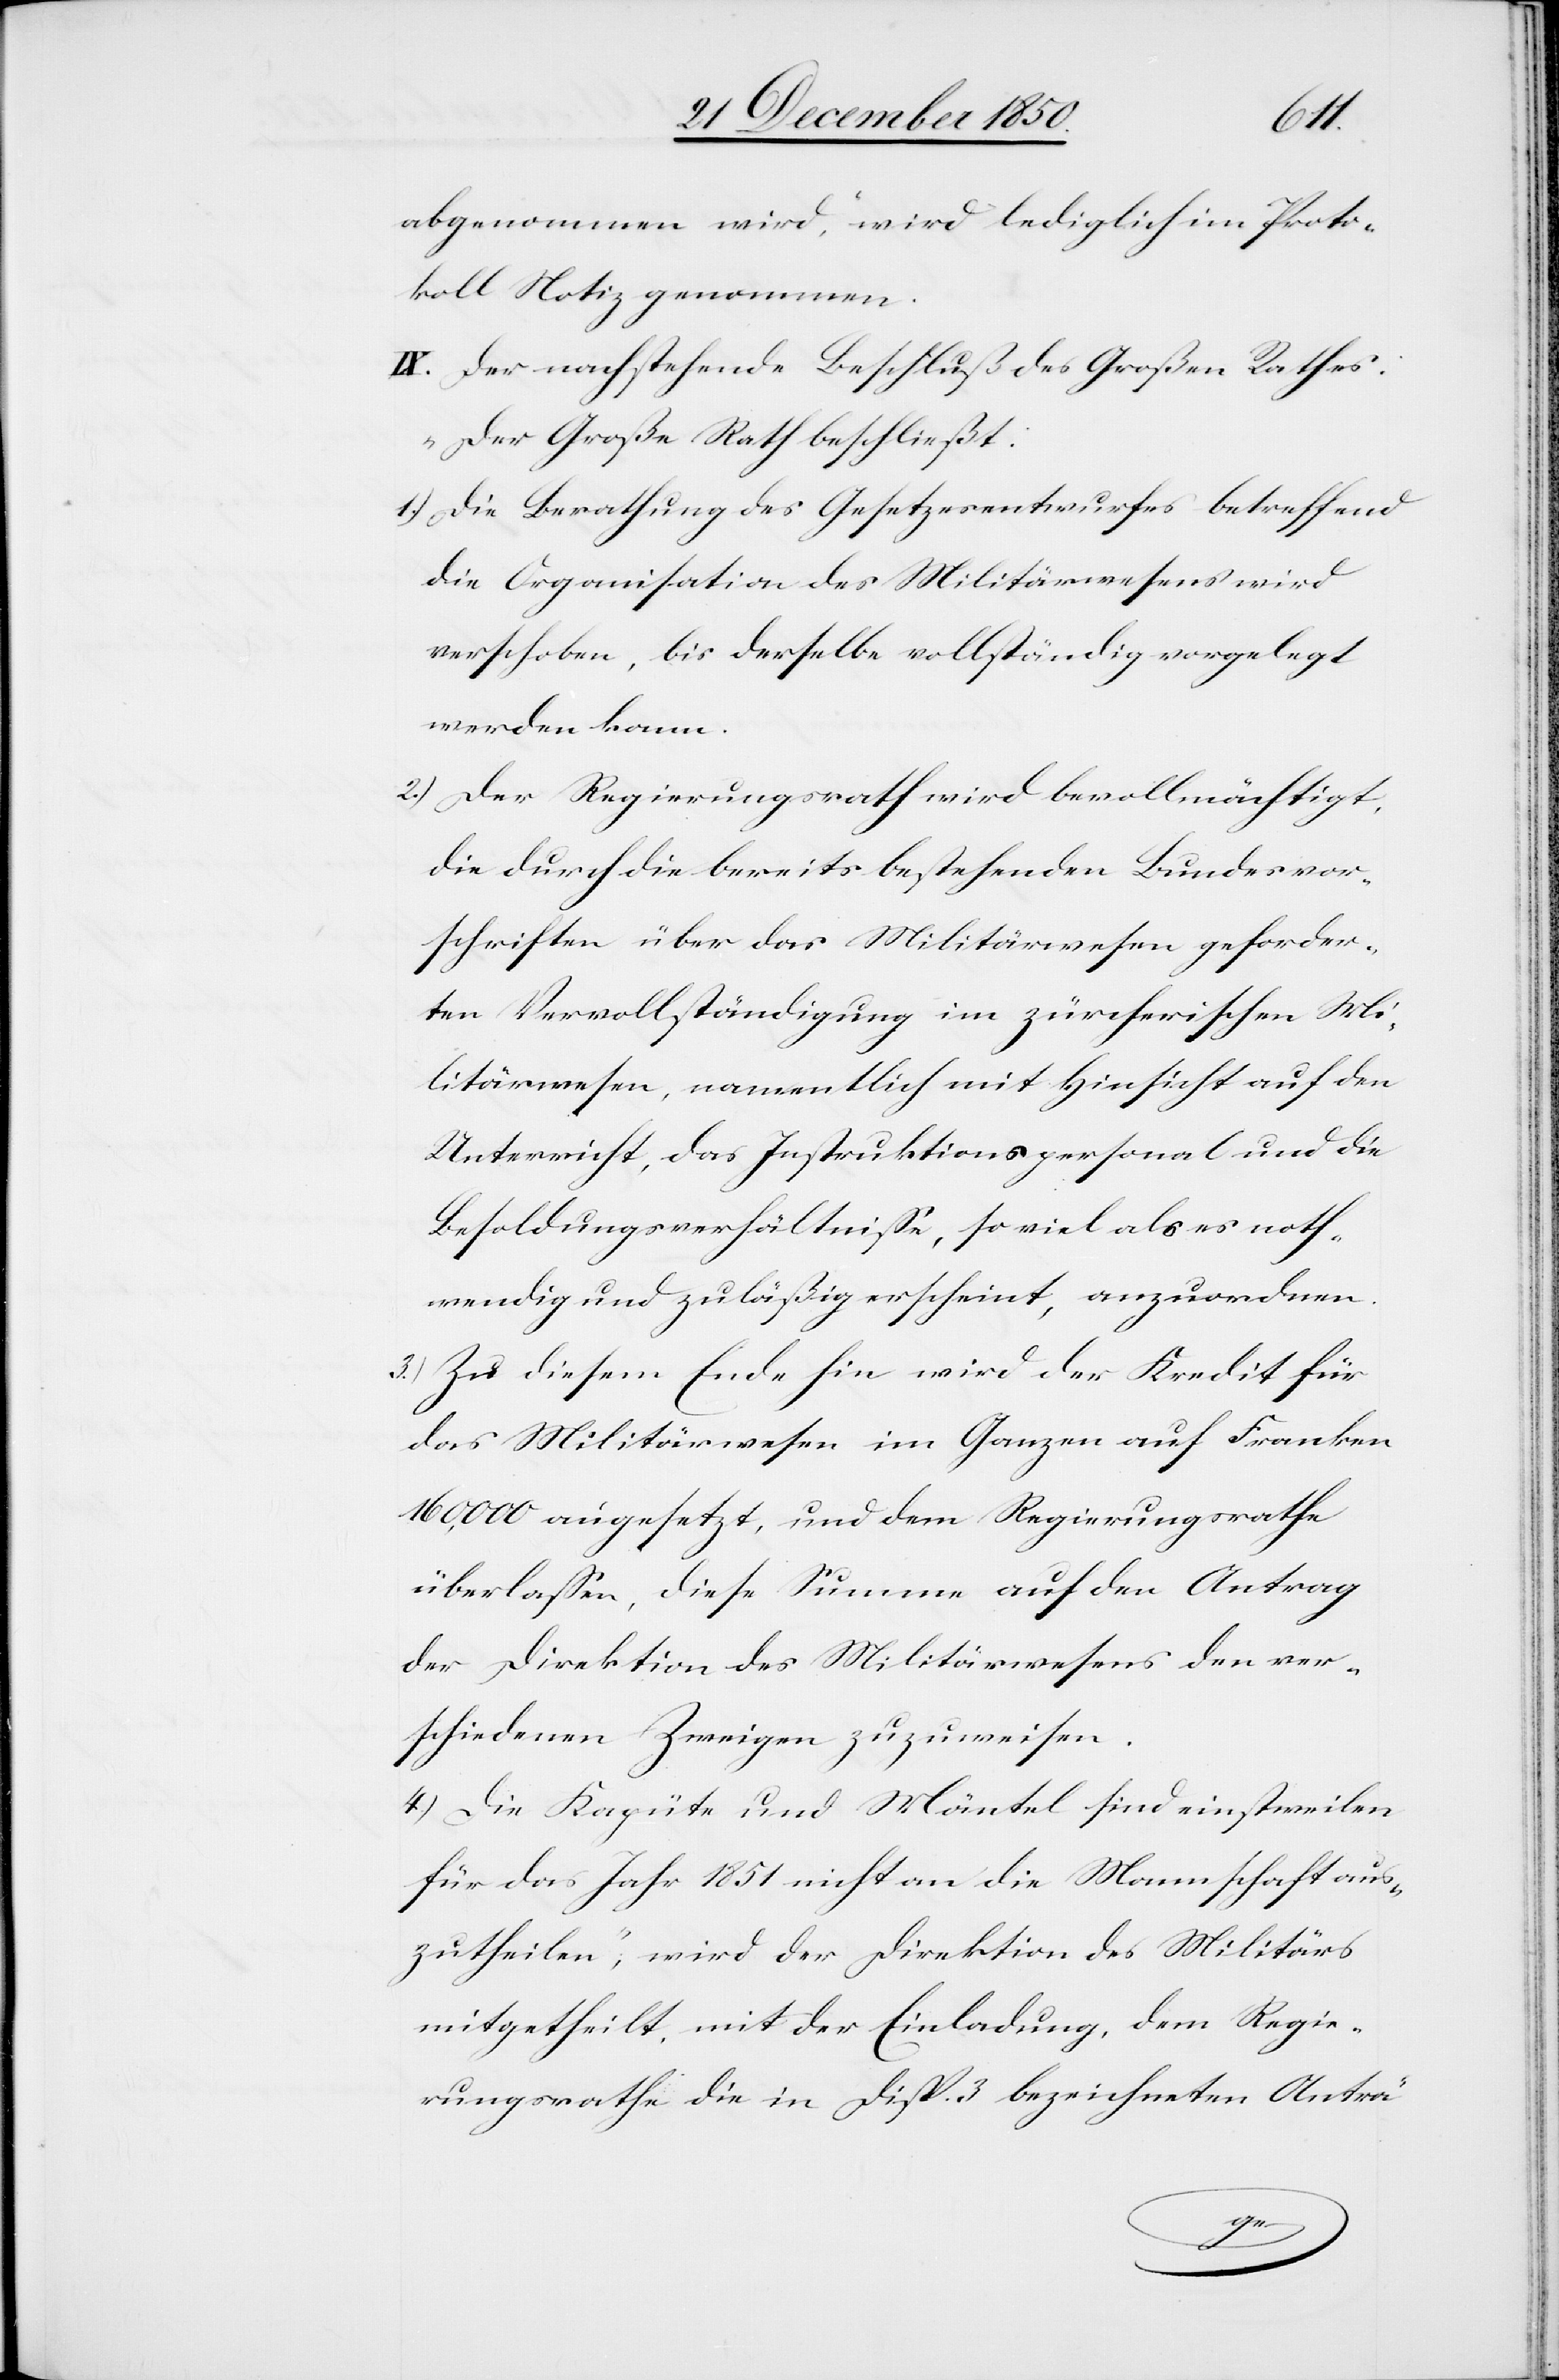
abgenommen wird“, wird lediglich im Proto¬
koll Notiz genommen.
IX. Der nachstehende Beschluß des Großen Rathes:
„Der Große Rath beschließt:
1.) Die Berathung des Gesetzesentwurfes betreffend
die Organisation des Militärwesens wird
verschoben, bis derselbe vollständig vorgelegt
werden kann.
2.) Der Regierungsrath wird bevollmächtigt,
die durch die bereits bestehenden Bundesvor¬
schriften über das Militärwesen geforder¬
ten Vervollständigung im zürcherischen Mi¬
litärwesen, namentlich mit Hinsicht auf den
Unterricht, das Instruktionspersonal und die
Besoldungsverhältnisse, so viel als es noth¬
wendig und zuläßig erscheint, anzuordnen.
3.) Zu diesem Ende hin wird der Kredit für
das Militärwesen im Ganzen auf Franken
16,000 angesetzt, und dem Regierungsrathe
überlassen, diese Summe auf den Antrag
der Direktion des Militärwesens den ver¬
schiedenen Zweigen zuzuweisen.
4.) Die Kapüte und Mäntel sind einstweilen
für das Jahr 1851 nicht an die Mannschaft aus¬
zutheilen“, wird der Direktion des Militärs
mitgetheilt, mit der Einladung, dem Regie¬
rungsrathe die in Disp. 3 bezeichneten Anträ-